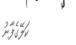
ކަލޭގެފާނު